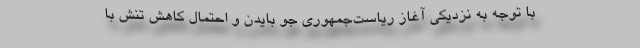
با توجه به نزدیکی آغاز ریاست‌جمهوری جو بایدن و احتمال کاهش تنش با